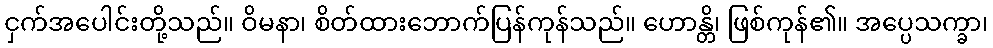
ငှက်အပေါင်းတို့သည်။ ဝိမနာ၊ စိတ်ထားဘောက်ပြန်ကုန်သည်။ ဟောန္တိ၊ ဖြစ်ကုန်၏။ အပ္ပေသက္ခာ၊